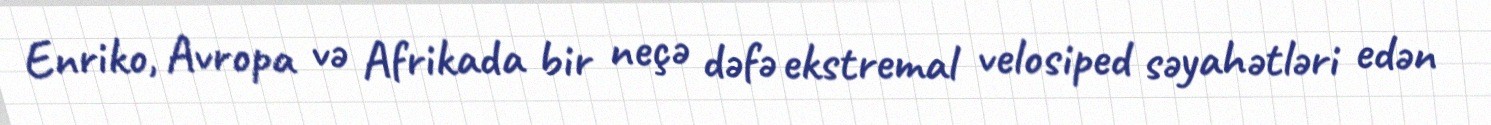
Enriko, Avropa və Afrikada bir neçə dəfə ekstremal velosiped səyahətləri edən